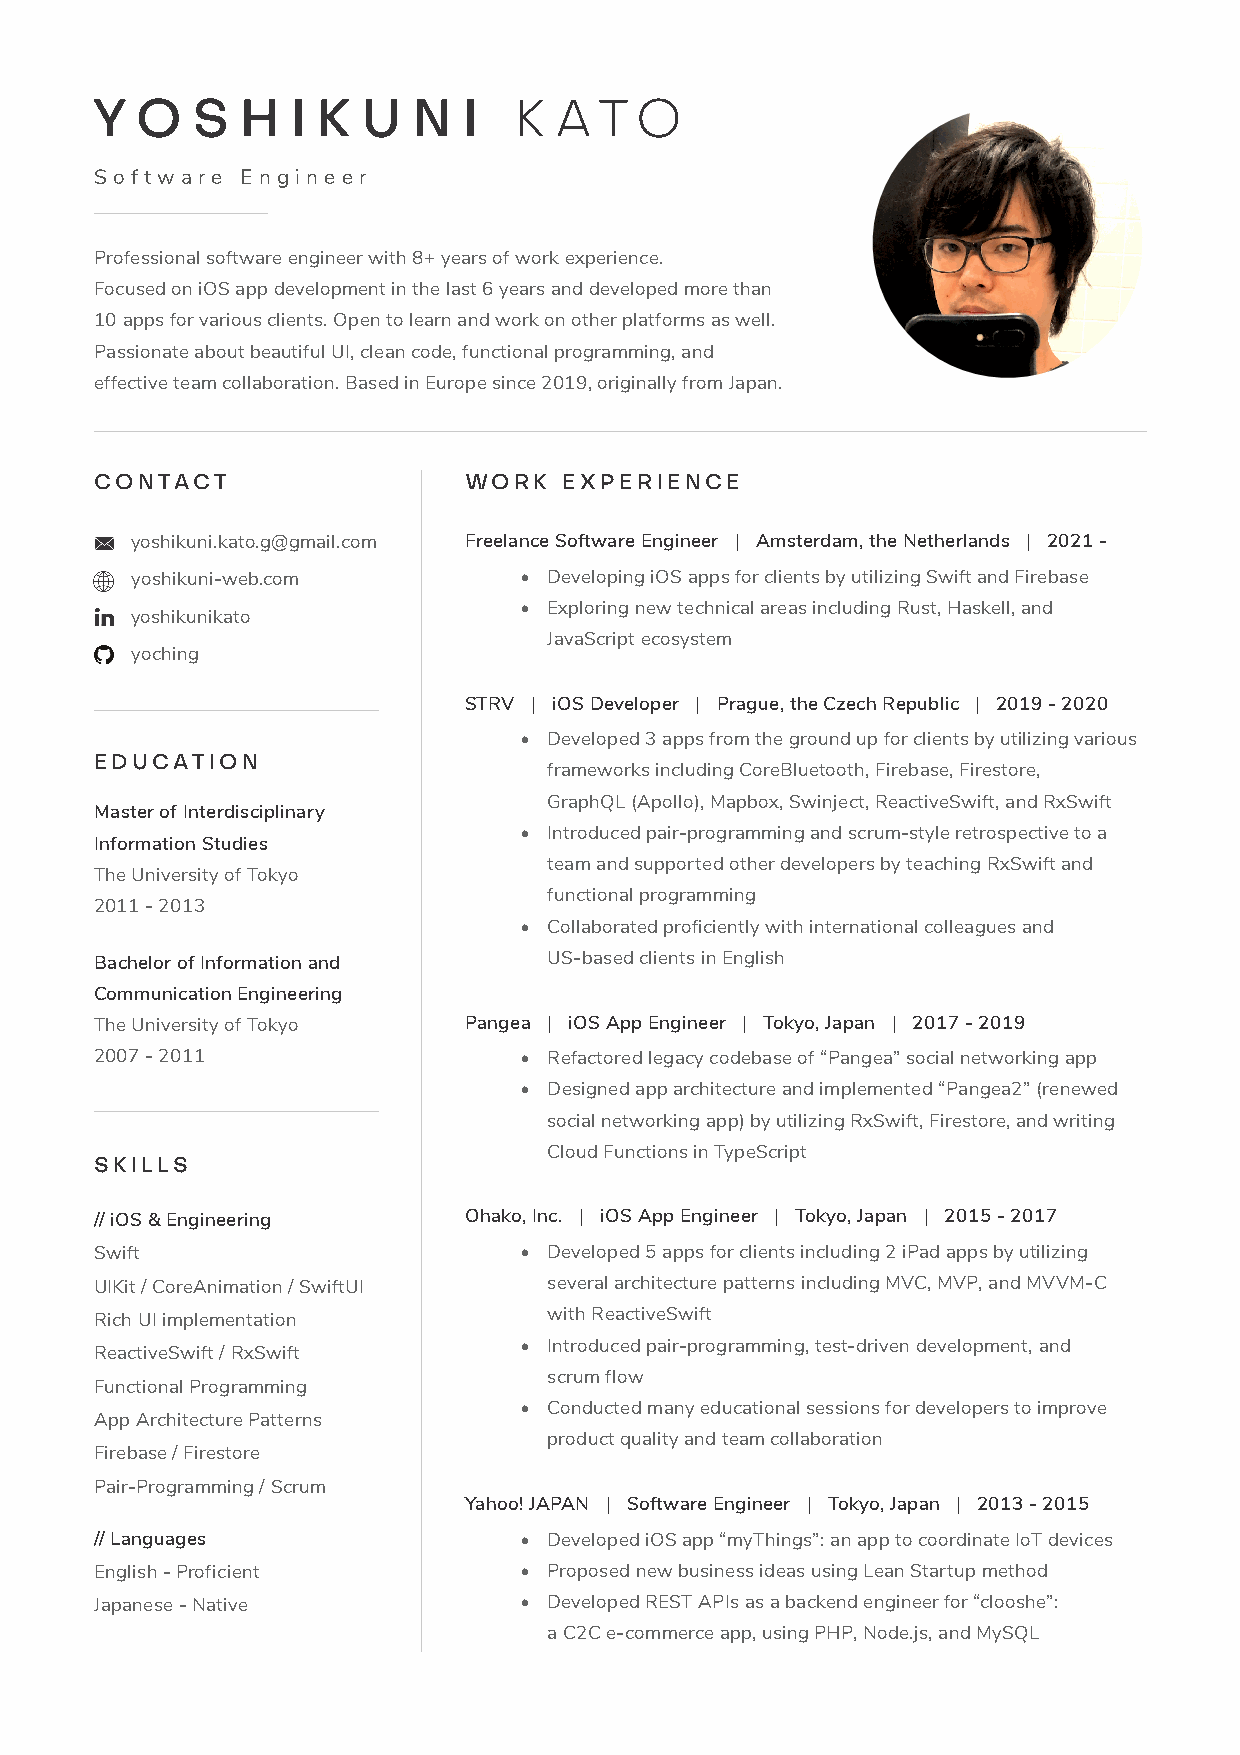
Y  O   S  H  I K  U  N   I  K  A  T O
 Soft wa re Engineer
 Professional software engineer with 8+ years of work experience.
 Focused on iOS app development in the last 6 years and developed more than
 10 apps for various clients. Open to learn and work on other platforms as well.
 Passionate about beautiful UI, clean code, functional programming, and
 effective team collaboration. Based in Europe since 2019, originally from Japan.
 CONTACT                  WORK  EXPERIENCE
 yoshikuni.kato.g@gmail.com Freelance Software Engineer | Amsterdam, the Netherlands | 2021 -
 yoshikuni-web.com        • Developing iOS apps for clients by utilizing Swift and Firebase
 • Exploring new technical areas including Rust, Haskell, and
 yoshikunikato
 JavaScript ecosystem
 yoching
 STRV | iOS Developer | Prague, the Czech Republic | 2019 - 2020
 • Developed 3 apps from the ground up for clients by utilizing various
 EDUCATION
 frameworks including CoreBluetooth, Firebase, Firestore,
 GraphQL (Apollo), Mapbox, Swinject, ReactiveSwift, and RxSwift
 Master of Interdisciplinary
 • Introduced pair-programming and scrum-style retrospective to a
 Information Studies
 team and supported other developers by teaching RxSwift and
 The University of Tokyo
 functional programming
 2011 - 2013
 • Collaborated proficiently with international colleagues and
 Bachelor of Information and   US-based clients in English
 Communication Engineering
 The University of Tokyo  Pangea | iOS App Engineer | Tokyo, Japan | 2017 - 2019
 2007 - 2011                 • Refactored legacy codebase of “Pangea” social networking app
 • Designed app architecture and implemented “Pangea2” (renewed
 social networking app) by utilizing RxSwift, Firestore, and writing
 Cloud Functions in TypeScript
 SKILLS
 // iOS & Engineering     Ohako, Inc. | iOS App Engineer | Tokyo, Japan | 2015 - 2017
 Swift                       • Developed 5 apps for clients including 2 iPad apps by utilizing
 UIKit / CoreAnimation / SwiftUI several architecture patterns including MVC, MVP, and MVVM-C
 Rich UI implementation        with ReactiveSwift
 • Introduced pair-programming, test-driven development, and
 ReactiveSwift / RxSwift
 scrum flow
 Functional Programming
 • Conducted many educational sessions for developers to improve
 App Architecture Patterns
 product quality and team collaboration
 Firebase / Firestore
 Pair-Programming / Scrum
 Yahoo! JAPAN | Software Engineer | Tokyo, Japan | 2013 - 2015
 // Languages                • Developed iOS app “myThings”: an app to coordinate IoT devices
 English - Proficient        • Proposed new business ideas using Lean Startup method
 Japanese - Native           • Developed REST APIs as a backend engineer for “clooshe”:
 a C2C e-commerce app, using PHP, Node.js, and MySQL